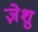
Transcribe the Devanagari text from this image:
ज़ेशु